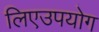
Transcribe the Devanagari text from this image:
लिएउपयोग